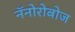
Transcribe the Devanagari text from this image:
नॅनोरोबोज